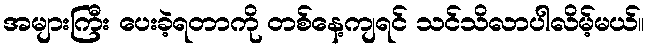
အများကြီး ပေးခဲ့ရတာကို တစ်နေ့ကျရင် သင်သိလာပါလိမ့်မယ်။